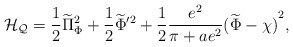
\begin{align*}{\cal H_Q}={1\over 2}\widetilde\Pi^2_\Phi +{1\over 2}\widetilde\Phi'^2+{1\over 2}{e^2\over {\pi+ae^2}}{(\widetilde\Phi -\chi)}^2,\end{align*}